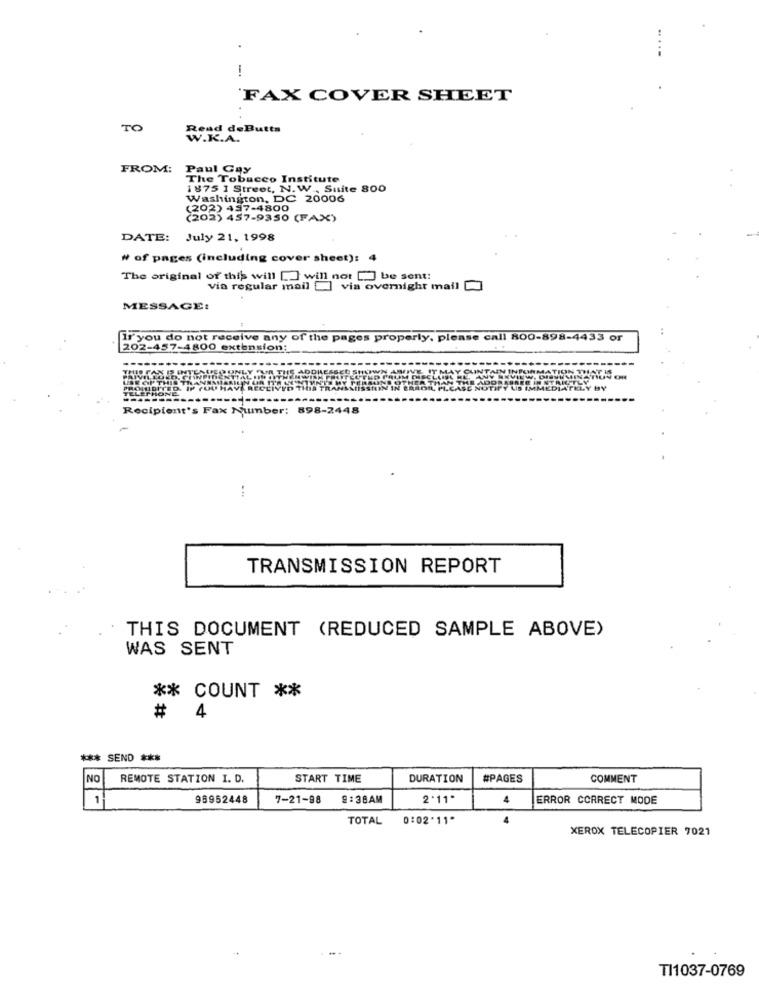
FAX COVER SHEET
TO
Read deButta
FROM:
Paul Gay
The Tobacco Institute
1875 1 Street, N. W ., Suite 800
Washington, DC 20006
(202) 457-4800
(202) 457-9350 (FAX)
DATE: July 21, 1998
# of pages (including cover sheet):
The original of this will [J will not [] be sent:
via regular mail ] via overnight mail
MESSAGE:
IF you do not receive any of the pages properly, please call 800-898-4433 or
202-457-4800 extension:
NPOMMATION TO
REG IN STRICTLY
IMMEDIATELY BY
Recipient's Fax Number: 898-2448
TRANSMISSION REPORT
THIS DOCUMENT (REDUCED SAMPLE ABOVE)
WAS SENT
** COUNT **
# 4
*** SEND ***
NO
REMOTE STATION I. D.
START TIME
DURATION
#PAGES
COMMENT
1
98952448
7-21-98
9:38AM
2'11"
4
ERROR CORRECT MODE
TOTAL 0:02'11"
XEROX TELECOPIER 7021
TI1037-0769